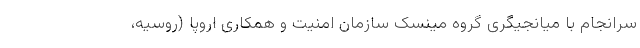
سرانجام با میانجیگری گروه مینسک سازمان امنیت و همکاری اروپا (روسیه،